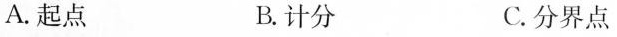
A.起点 B.计分 C.分界点